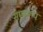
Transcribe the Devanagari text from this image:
समूहरूप